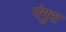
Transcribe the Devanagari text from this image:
पंगुरा